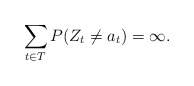
\begin{align*}\sum_{t \in T}P(Z_t \not= a_t)= \infty. \end{align*}